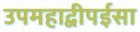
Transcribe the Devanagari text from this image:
उपमहाद्वीपईसा